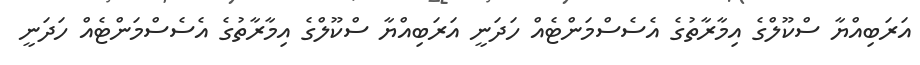
އަރަބިއްޔާ ސްކޫލްގެ އިމާރާތުގެ އެސެސްމަންޓެއް ހަދަނީ އަރަބިއްޔާ ސްކޫލްގެ އިމާރާތުގެ އެސެސްމަންޓެއް ހަދަނީ